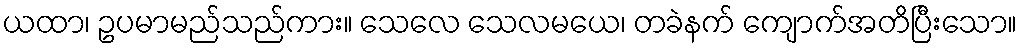
ယထာ၊ ဥပမာမည်သည်ကား။ သေလေ သေလမယေ၊ တခဲနက် ကျောက်အတိပြီးသော။